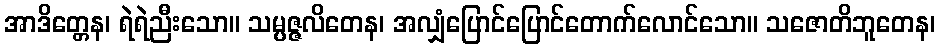
အာဒိတ္တေန၊ ရဲရဲညီးသော။ သမ္ပဇ္ဇလိတေန၊ အလျှံပြောင်ပြောင်တောက်လောင်သော။ သဇောတိဘူတေန၊